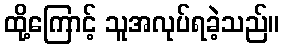
ထို့ကြောင့် သူအလုပ်ရခဲ့သည်။